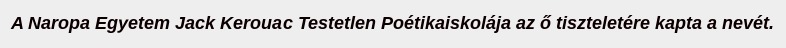
A Naropa Egyetem Jack Kerouac Testetlen Poétikaiskolája az ő tiszteletére kapta a nevét.